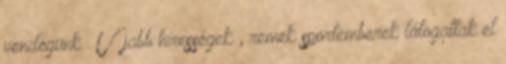
vendégünk . Újabb hírességek , remek sportemberek látogattak el